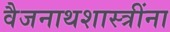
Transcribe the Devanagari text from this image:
वैजनाथशास्त्रींना